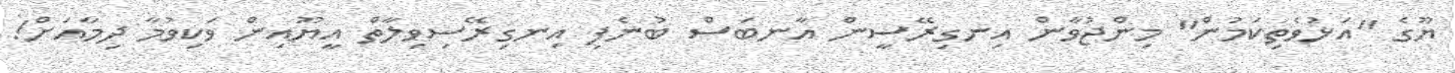
ޔޫގެ "އަޅުވެތިކަމުން" މިންޖުވާން އިނގިރޭސީން އާނބަސް ބުނެފި އިނގިރޭސިވިލާތް އީޔޫއިން ވަކިވުމާ ދިމާއަށް!